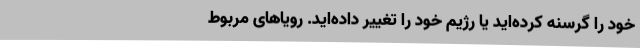
خود را گرسنه کرده‌اید یا رژیم خود را تغییر داده‌اید. رویاهای مربوط